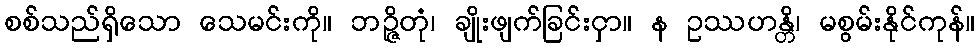
စစ်သည်ရှိသော သေမင်းကို။ ဘဉ္ဇိတုံ၊ ချိုးဖျက်ခြင်းငှာ။ န ဥဿဟန္တိ၊ မစွမ်းနိုင်ကုန်။